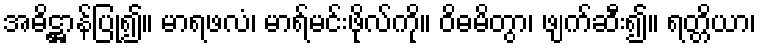
အဓိဋ္ဌာန်ပြု၍။ မာရဖလံ၊ မာရ်မင်းဖိုလ်ကို။ ဝိဓမိတွာ၊ ဖျက်ဆီး၍။ ရတ္တိယာ၊